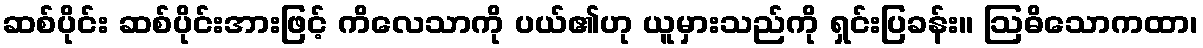
ဆစ်ပိုင်း ဆစ်ပိုင်းအားဖြင့် ကိလေသာကို ပယ်၏ဟု ယူမှားသည်ကို ရှင်းပြခန်း။ ဩဓိသောကထာ၊